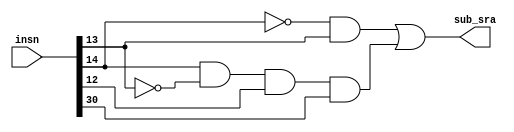
/* Mdulo para decodificao de instrues do tipo I com instrues da ALU de acordo com
o ISA do risc-v. O mdulo recebe a instruo e retorna todas as sadas relevantes a serem enviadas ao circuito
*/
module DecoderIINSN_alu (
  input wire [31:0] insn, // instruo de 32 bits
  output wire sub_sra // controle de adio/subtrao e de logical/arithmetic shift
);
  wire [2:0] func;  // net func para auxiliar na legibilidade do cdigo
  assign func = insn[14:12];

  assign sub_sra = (~func[2] & func[1]) | (func[2] & ~func[1] & func[0] & insn[30]);
  // a subtrao deve existir nos casos em que precisamos de funes de comparao, como slti e sltiu, e no shift right quando o segundo bit mais significativo for 1

endmodule